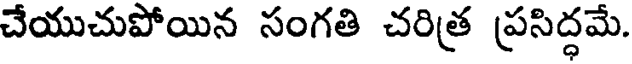
చేయుచుపోయిన సంగతి చరిత్ర ప్రసిద్ధమే.